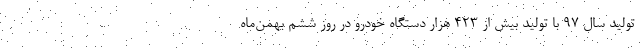
تولید سال ۹۷ با تولید بیش از ۴۲۳ هزار دستگاه خودرو در روز ششم بهمن‌ماه